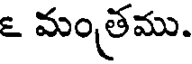
౬ మంత్రము.